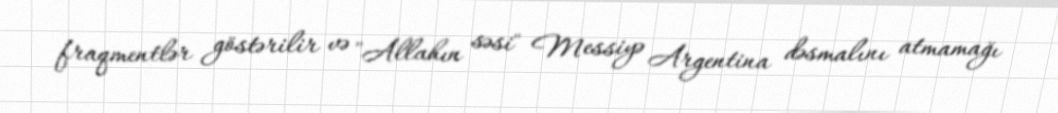
fraqmentlər göstərilir və "Allahın səsi" Messiyə Argentina dəsmalını atmamağı